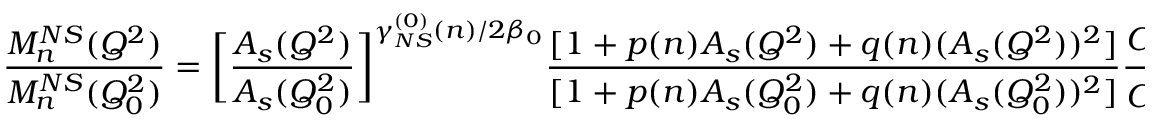
\frac { M _ { n } ^ { N S } ( Q ^ { 2 } ) } { M _ { n } ^ { N S } ( Q _ { 0 } ^ { 2 } ) } = \bigg [ \frac { A _ { s } ( Q ^ { 2 } ) } { A _ { s } ( Q _ { 0 } ^ { 2 } ) } \bigg ] ^ { \gamma _ { N S } ^ { ( 0 ) } ( n ) / 2 \beta _ { 0 } } \frac { [ 1 + p ( n ) A _ { s } ( Q ^ { 2 } ) + q ( n ) ( A _ { s } ( Q ^ { 2 } ) ) ^ { 2 } ] } { [ 1 + p ( n ) A _ { s } ( Q _ { 0 } ^ { 2 } ) + q ( n ) ( A _ { s } ( Q _ { 0 } ^ { 2 } ) ) ^ { 2 } ] } \frac { C _ { N S } ^ { ( n ) } ( A _ { s } ( Q ^ { 2 } ) ) } { C _ { N S } ^ { ( n ) } ( A _ { s } ( Q _ { 0 } ^ { 2 } ) ) }